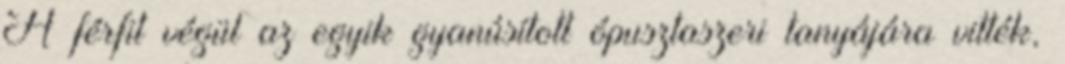
A férfit végül az egyik gyanúsított ópusztaszeri tanyájára vitték,